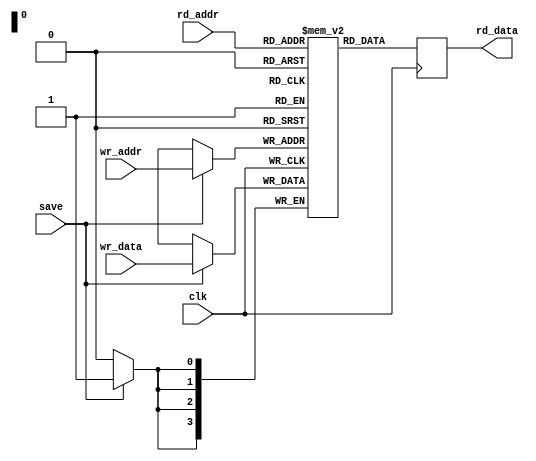
module ram_instr(input wire clk,
					input wire [3:0]rd_addr,
					input wire [3:0]wr_data,
					input wire [3:0] wr_addr,
					input wire save,
					output reg [3:0]rd_data
				);
				
reg [3:0] mem [0:15];
always @(posedge clk)
begin
	rd_data <= mem[rd_addr];
end
always @(posedge clk)
begin
	if (save == 1)
		mem[wr_addr] <= wr_data;
end
endmodule